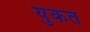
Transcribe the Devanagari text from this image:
युकत